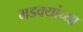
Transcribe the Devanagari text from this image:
मडक्यांच्या